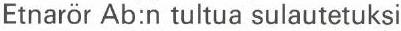
Etnarör Ab:n tultua sulautetuksi